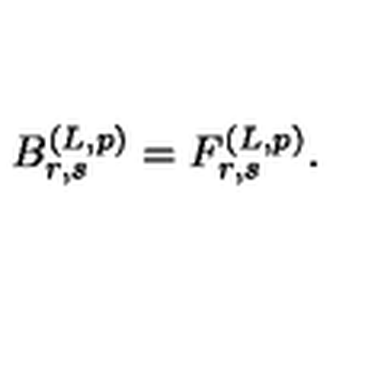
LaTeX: B _ { r , s } ^ { ( L , p ) } = F _ { r , s } ^ { ( L , p ) } .